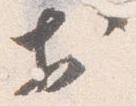
於